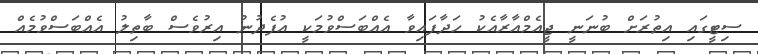
ސިޓީގައި އިތުރަށް ބުނަނީ ޖީއެމްއާރާއެކު ހަދާފައިވާ އެއްބަސްވުމަކީ އުފެދުނު އިރުވެސް ބާތިލު އެއްބަސްވުމެއް